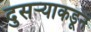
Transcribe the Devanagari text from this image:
दुसर्‍याकडून